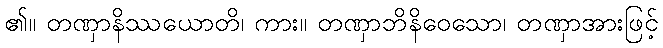
၏။ တဏှာနိဿယောတိ၊ ကား။ တဏှာဘိနိဝေသော၊ တဏှာအားဖြင့်